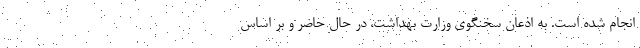
انجام شده است. به اذعان سخنگوی وزارت بهداشت، در حال حاضر و بر اساس